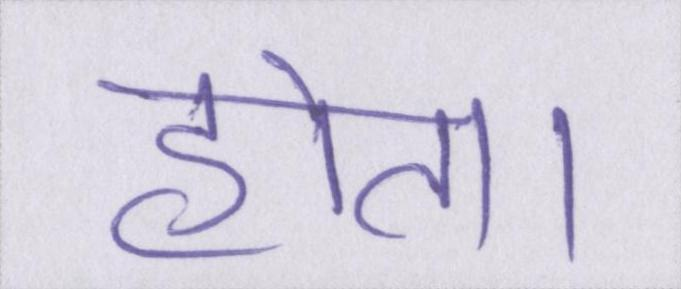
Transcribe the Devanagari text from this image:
होता।